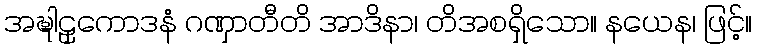
အဍ္ဎါဠှကောဒနံ ဂဏှာတီတိ အာဒိနာ၊ တိအစရှိသော။ နယေန၊ ဖြင့်။